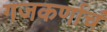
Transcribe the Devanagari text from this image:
गजकर्णाचं